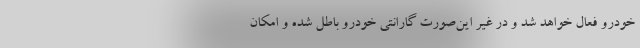
خودرو فعال خواهد شد و در غیر این‌صورت گارانتی خودرو باطل شده و امکان